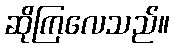
ဆိုကြလေသည်။